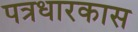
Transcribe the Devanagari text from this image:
पत्रधारकास